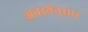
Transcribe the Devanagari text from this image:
अवस्थेनुसार